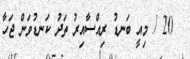
20 / މިއީ ބަނޑު ރިއްސާއިރު ތަދު ކަނޑުވަން ޖަހާ